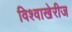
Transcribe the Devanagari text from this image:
विश्वाखेरीज